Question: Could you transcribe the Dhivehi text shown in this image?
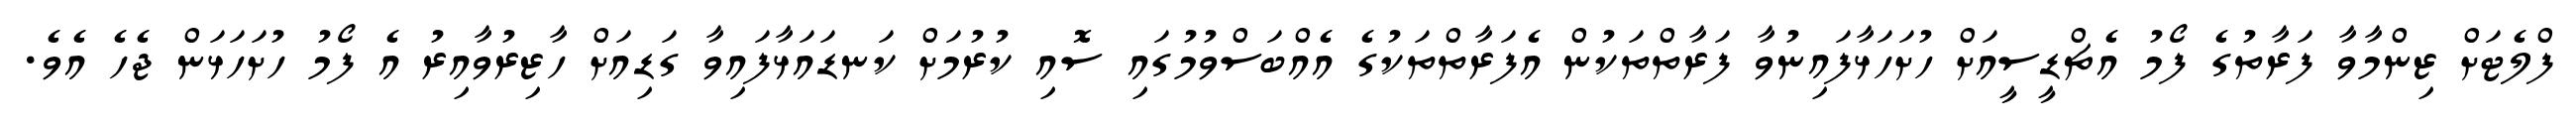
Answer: ފްލެޓަށް ޒިންމާވާ ފަރާތުގެ ފޯމު އެޗްޑީސީއަށް ހުށަހަޅާފައިނުވާ ފަރާތްތަކުން އެފަރާތްތަކުގެ އެއްބަސްވުމުގައި ސޮއި ކުރުމަށް ކަނޑައަޅާފައިވާ ގަޑިއަށް ހާޒިރުވާއިރު އެ ފޯމު ހުށަހަޅަން ޖެހެ އެވެ.